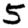
Digit: 5